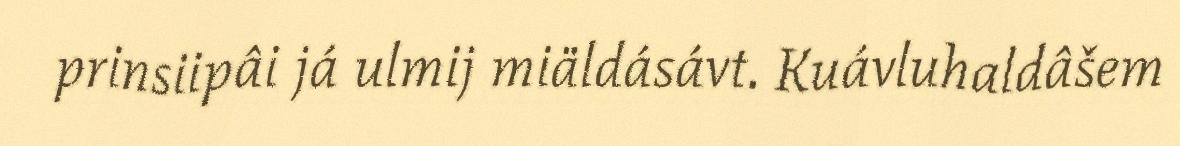
prinsiipâi já ulmij miäldásávt. Kuávluhaldâšem